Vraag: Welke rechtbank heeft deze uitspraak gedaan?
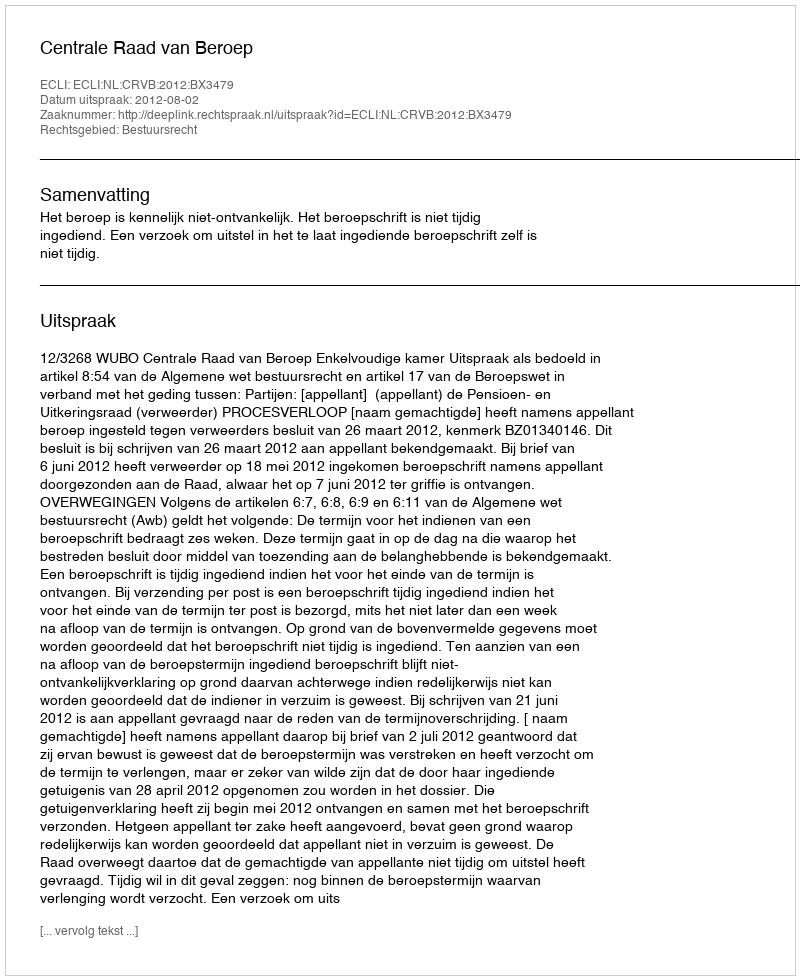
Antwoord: Centrale Raad van Beroep